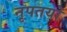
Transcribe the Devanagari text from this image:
नृपतयो